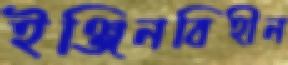
ইঞ্জিনবিহীন